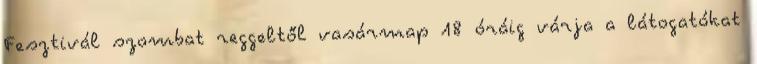
Fesztivál szombat reggeltől vasármap 18 óráig várja a látogatókat